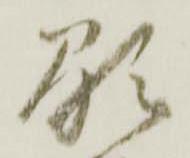
顕